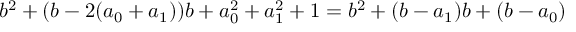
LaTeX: b ^ { 2 } + ( b - 2 ( a _ { 0 } + a _ { 1 } ) ) b + a _ { 0 } ^ { 2 } + a _ { 1 } ^ { 2 } + 1 = b ^ { 2 } + ( b - a _ { 1 } ) b + ( b - a _ { 0 } )